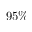
9 5 \%